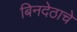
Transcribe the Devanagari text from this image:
बिनदेठाचे